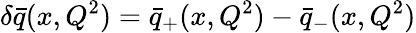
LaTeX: \delta\bar{q}(x,Q^{2})=\bar{q}_{+}(x,Q^{2})-\bar{q}_{-}(x,Q^{2})